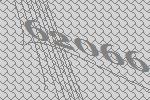
62066